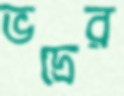
ভদ্রের